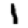
Digit: 1